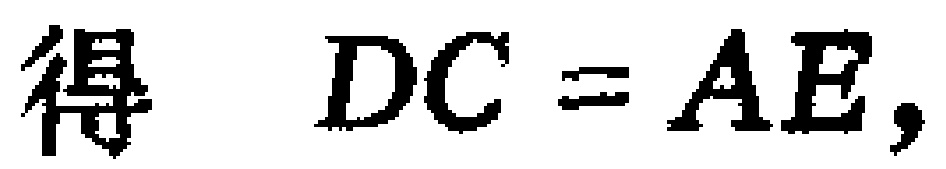
得 \(DC = AE,\)